Report on vaccination in the Province of Bengal - 1874-1889
Year: 1874
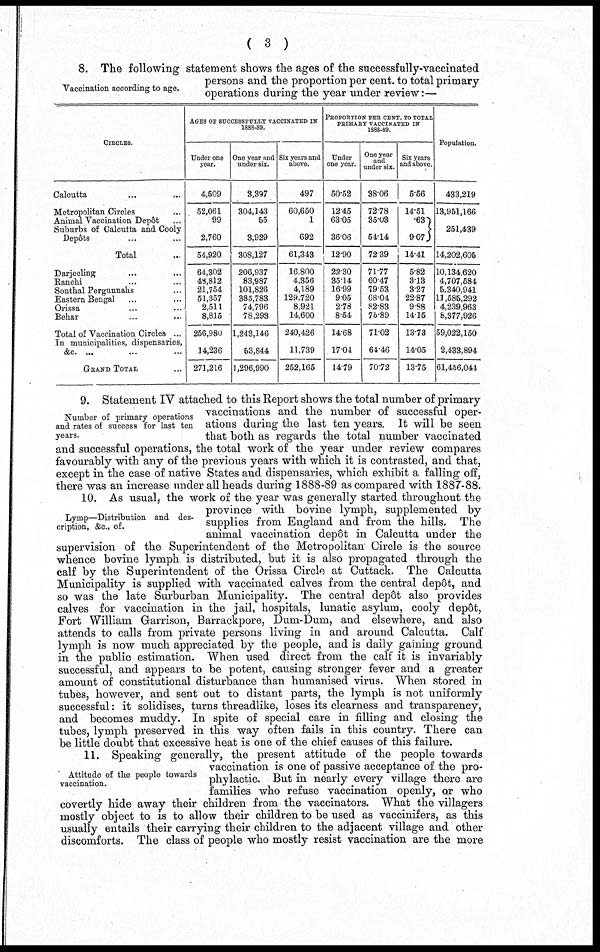
( 3 )
Vaccination according to age.
8. The following statement shows the ages of the successfully-vaccinated
persons and the proportion per cent. to total primary
operations during the year under review:—
CIRCLES.
Calcutta ... ...
Metropolitan Circles ...
Animal Vaccination Depôt ...
Suburbs of Calcutta and Cooly
Depôts ... ...
Total ...
Darjeeling ... ...
Ranchi ... ...
Sonthal Pergunnahs ... ...
Eastern Bengal ... ...
Orissa ... ...
Behar
...
...
Total of Vaccination Circles ...
In municipalities, dispensaries,
&c. ... ...
GRAND TOTAL ...
AGES OF SUCCESSFULLY VACCINATED IN
1888-89.
Under one
year.
4,509
52,061
99
2,760
54,920
64,302
48,812
21,754
51,357
2,511
8,815
256,980
14,236
271,216
One year and
under six.
3,397
304,143
55
3,929
308,127
206,937
83,987
101,826
385,783
74,796
78,293
1,243,146
53,844
1,296,990
Six years and
above.
497
60,650
1
692
61,343
16,800
4,356
4,189
129,720
8,921
14,600
240,426
11,739
252,165
PROPORTION PER CENT. TO TOTAL
PRIMARY VACCINATED IN
1888-89.
Under
one year.
50.52
12.45
63.05
36.06
12.90
22.30
35.14
16.99
9.05
2.78
8.54
14.68
17.04
14.79
One year
and
under six.
38.06
72.78
35.03
54.14
72.39
71.77
60.47
79.53
68.04
82.83
75.89
71.02
64.46
70.72
Six years
and above.
5.56
14.51
.63
9.07
14.41
5.82
3.13
3.27
22.87
9.98
14.15
13.73
14.05
13.75
Population.
433,219
13,951,166
251,439
14,202,605
10,134,620
4,707,584
5,340,941
11,585,292
4,239,963
8,377,926
59,022,150
2,433,894
61,456,044
Number of primary operations
and rates of success for last ten
years.
9. Statement IV attached to this Report shows the total number of primary
vaccinations and the number of successful oper-
ations during the last ten years. It will be seen
that both as regards the total number vaccinated
and successful operations, the total work of the year under review compares
favourably with any of the previous years with which it is contrasted, and that,
except in the case of native States and dispensaries, which exhibit a falling off,
there was an increase under all heads during 1888-89 as compared with 1887-88.
Lymp—Distribution and des-
cription, &c., of.
10. As usual, the work of the year was generally started throughout the
province with bovine lymph, supplemented by
supplies from England and from the hills. The
animal vaccination depôt in Calcutta under the
supervision of the Superintendent of the Metropolitan Circle is the source
whence bovine lymph is distributed, but it is also propagated through the
calf by the Superintendent of the Orissa Circle at Cuttack. The Calcutta
Municipality is supplied with vaccinated calves from the central depôt, and
so was the late Surburban Municipality. The central depôt also provides
calves for vaccination in the jail, hospitals, lunatic asylum, cooly depôt ,
Fort William Garrison, Barrackpore, Dum-Dum, and elsewhere, and also
attends to calls from private persons living in and around Calcutta. Calf
lymph is now much appreciated by the people, and is daily gaining ground
in the public estimation. When used direct from the calf it is invariably
successful, and appears to be potent, causing stronger fever and a greater
amount of constitutional disturbance than humanised virus. When stored in
tubes, however, and sent out to distant parts, the lymph is not uniformly
successful: it solidises, turns threadlike, loses its clearness and transparency,
and becomes muddy. In spite of special care in filling and closing the
tubes, lymph preserved in this way often fails in this country. There can
be little doubt that excessive heat is one of the chief causes of this failure.
Attitude of the people towards
vaccination.
11. Speaking generally, the present attitude of the people towards
vaccination is one of passive acceptance of the pro-
phylactic. But in nearly every village there are
families who refuse vaccination openly, or who
covertly hide away their children from the vaccinators. What the villagers
mostly object to is to allow their children to be used as vaccinifers, as this
usually entails their carrying their children to the adjacent village and other
discomforts. The class of people who mostly resist vaccination are the more